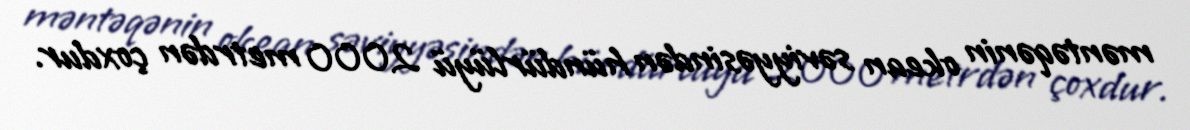
məntəqənin okean səviyyəsindən hündürlüyü 2000 metrdən çoxdur.